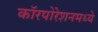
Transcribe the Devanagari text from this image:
कॉरपोरेशनमध्ये